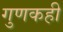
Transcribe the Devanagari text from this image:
गुणकही